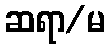
ဆရာ/မ